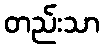
တည်းသာ